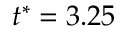
t ^ { * } = 3 . 2 5